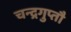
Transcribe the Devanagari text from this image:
चन्द्रगुप्तौ